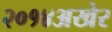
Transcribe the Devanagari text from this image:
२०१४अखेर